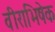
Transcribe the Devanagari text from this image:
वीराभिषेक